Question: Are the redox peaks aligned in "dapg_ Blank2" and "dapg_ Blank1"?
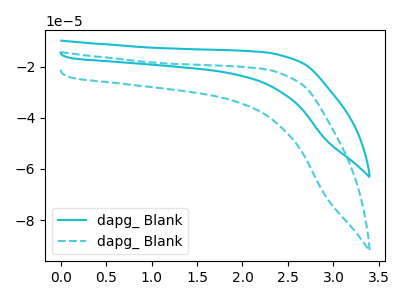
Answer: <think>The cyan curve "dapg_ Blank1" has no peaks. The cyan dashed curve "dapg_ Blank2" has no peaks.</think>
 <answer>Niether CV has any peaks.</answer>
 <eval>blanks</eval>